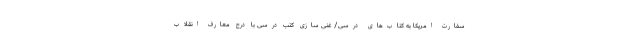
سفارت امریکا به کتاب‌های درسی/ غنی سازی کتب درسی با درج معارف انقلاب